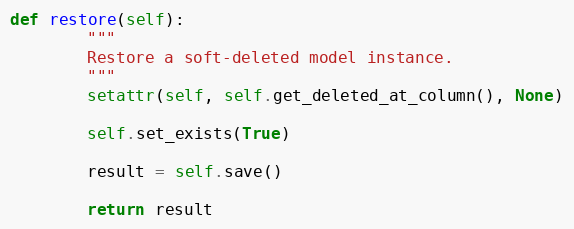
Language: Python
def restore(self):
        """
        Restore a soft-deleted model instance.
        """
        setattr(self, self.get_deleted_at_column(), None)

        self.set_exists(True)

        result = self.save()

        return result